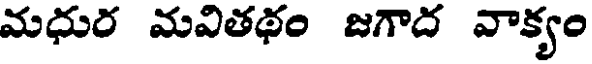
మధుర మవితథం జగాద వాక్యం